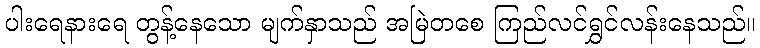
ပါးရေနားရေ တွန့်နေသော မျက်နှာသည် အမြဲတစေ ကြည်လင်ရွှင်လန်းနေသည်။